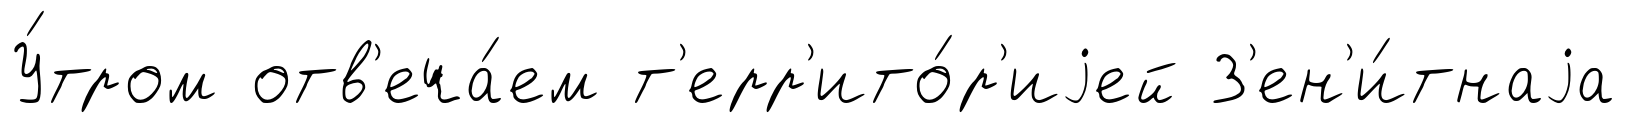
У́тром отв'еча́ем т'ерр'ито́р'иjей З'ен'и́тнаjа